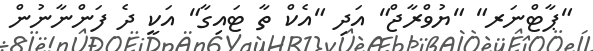
"ޕާޓްނަރ" "ޔުވްރާޖް" އަދި "އެކް ތާ ޓައިގާ" އަކީ ދެ ފަންނާނުން